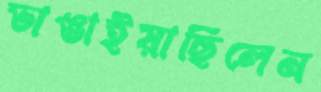
ভাঙাইয়াছিলেন